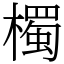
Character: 㯮